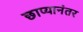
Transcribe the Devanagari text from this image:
छाप्यानंतर